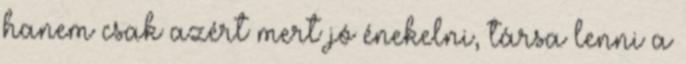
hanem csak azért mert jó énekelni, társa lenni a